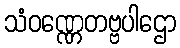
သံဝဏ္ဏေတဗ္ဗပါဌော